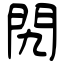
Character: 𨳊